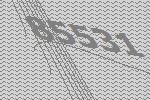
85531